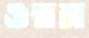
ওরম